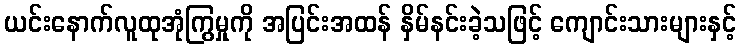
ယင်းနောက်လူထုအုံကြွမှုကို အပြင်းအထန် နှိမ်နင်းခဲ့သဖြင့် ကျောင်းသားများနှင့်